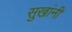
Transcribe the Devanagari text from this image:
सुखांनी